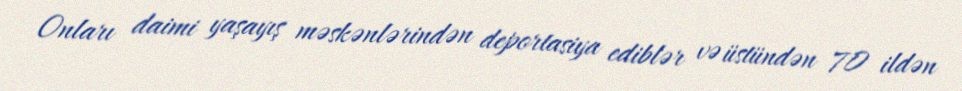
Onları daimi yaşayış məskənlərindən deportasiya ediblər və üstündən 70 ildən